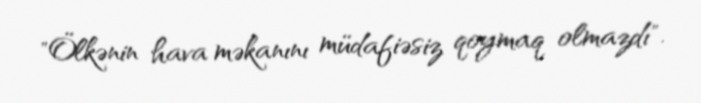
"Ölkənin hava məkanını müdafiəsiz qoymaq olmazdı".